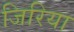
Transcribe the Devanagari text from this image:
जिरिया